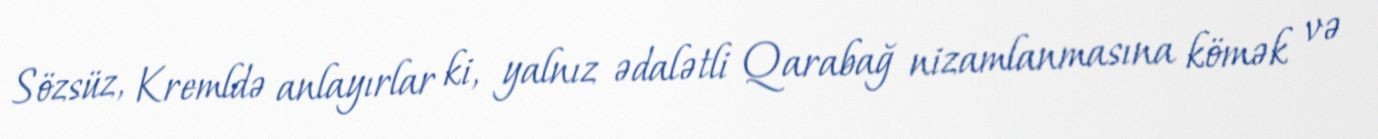
Sözsüz, Kremldə anlayırlar ki, yalnız ədalətli Qarabağ nizamlanmasına kömək və